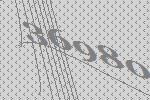
36980